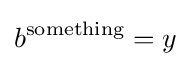
b^{\text{something}}=y